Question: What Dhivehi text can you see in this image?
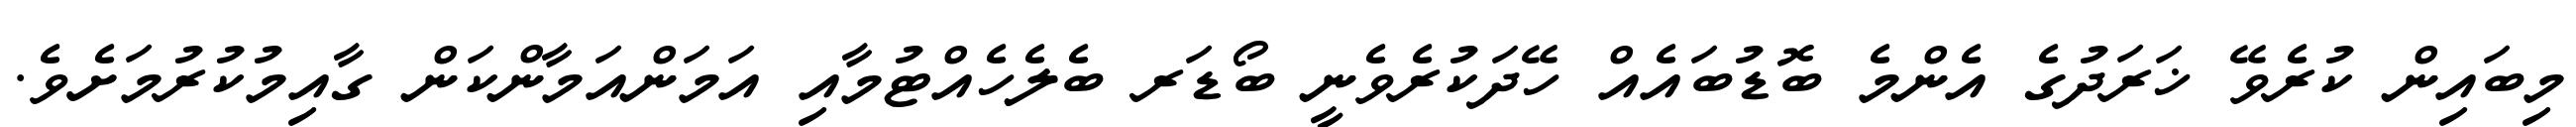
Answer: މިބައިން ކުރެވޭ ޚަރަދުގެ އެންމެ ބޮޑުބައެއް ހޭދަކުރެވެނީ ބޯޑަރ ބެލެހެއްޓުމާއި އަމަންއަމާންކަން ގާއިމުކުރުމަށެވެ.